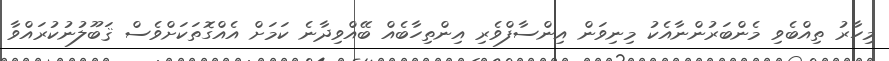
މިހާރު ތިއްބެވި މެންބަރުންނާއެކު މިނިވަން އިންސާފްވެރި އިންތިހާބެއް ބޭއްވިދާނެ ކަމަށް އެއްގޮތަކަށްވެސް ޤަބޫލުނުކުރައްވާ